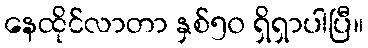
နေထိုင်လာတာ နှစ်၅၀ ရှိရှာပါပြီ။